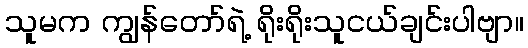
သူမက ကျွန်တော်ရဲ့ ရိုးရိုးသူငယ်ချင်းပါဗျာ။